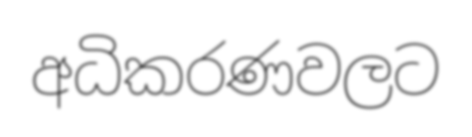
අධිකරණවලට